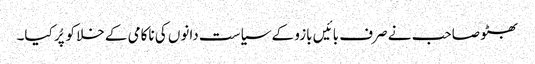
بھٹو صاحب نے صرف بائیں بازو کے سیاست دانوں کی ناکامی کے خلا کو پُر کیا۔